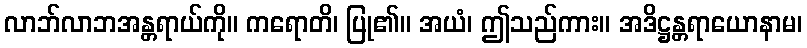
လာဘ်လာဘအန္တရာယ်ကို။ ကရောတိ၊ ပြု၏။ အယံ၊ ဤသည်ကား။ အဒိဋ္ဌန္တရာယောနာမ၊